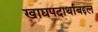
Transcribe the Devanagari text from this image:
खाद्यपदार्थाबद्दल